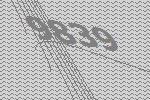
9839